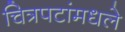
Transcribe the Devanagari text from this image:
चित्रपटांमधले